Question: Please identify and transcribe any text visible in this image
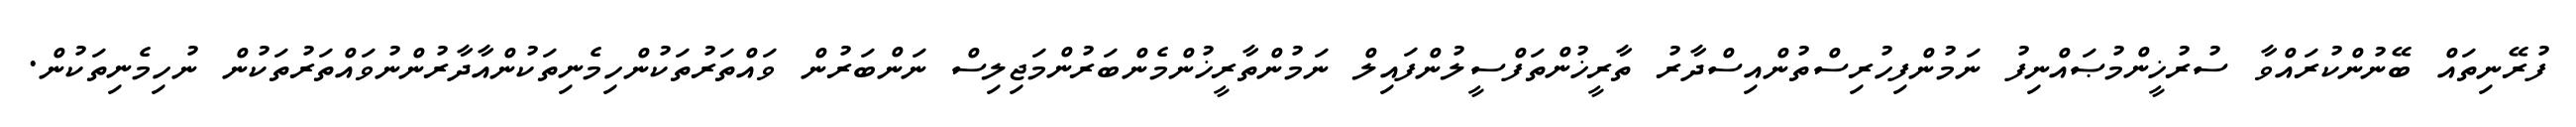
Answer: ފުރޭނިތައް ބޭނުންކުރައްވާ ސުރުޚީންމުޞައްނިފު ނަމުންފިހުރިސްތުންއިސްދާރު ތާރީޚުންތަފްސީލުންފައިލް ނަމުންތާރީޚުންމެންބަރުންމަޖިލިސް ނަންބަރުން ވައްތަރުތަކުންހިމެނިތަކުންއާދާރުންނުވައްތަރުތަކުން ނުހިމެނިތަކުން.